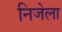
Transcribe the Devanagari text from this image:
निजेला